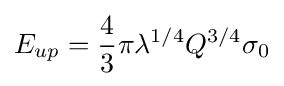
E_{up}={\frac {4}{3}}\pi \lambda ^{1/4}Q^{3/4}\sigma _{0}